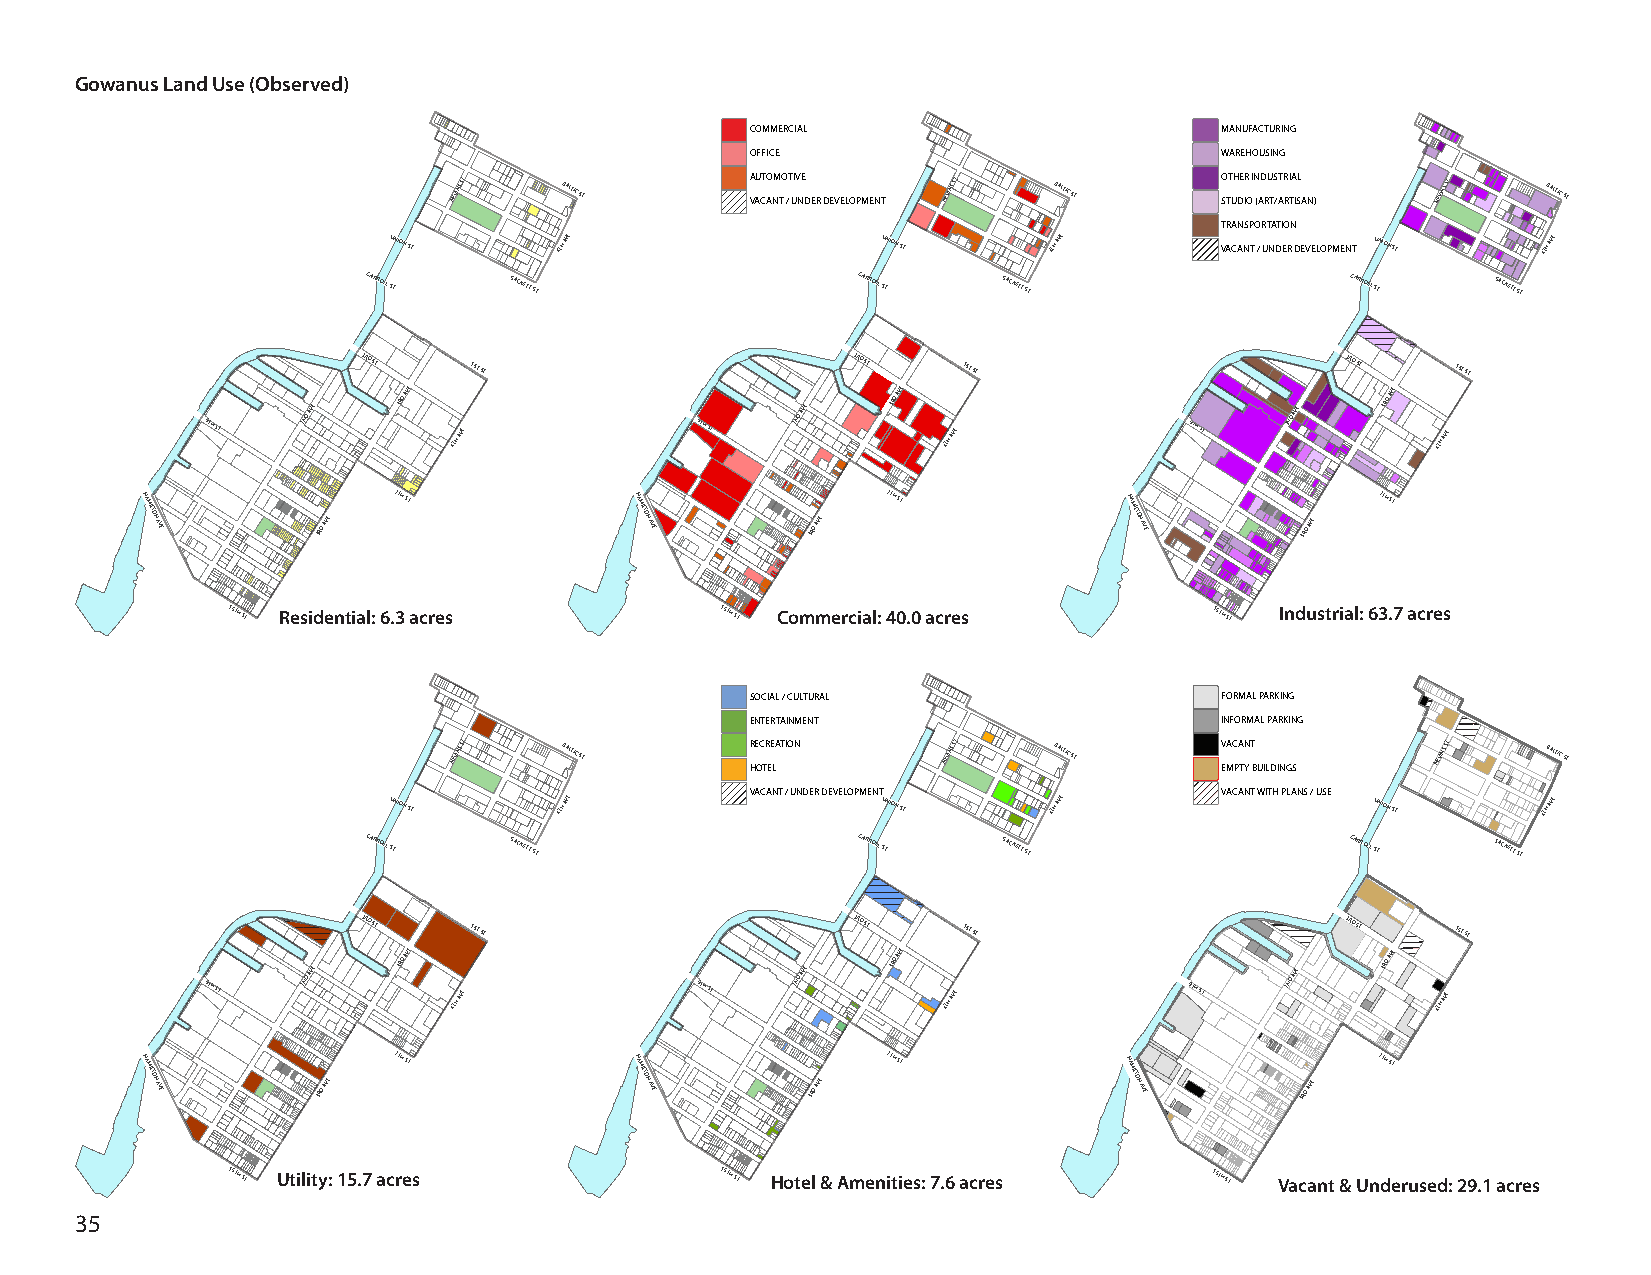
Gowanus Land Use (Observed)
 COMMERCIAL                     MANUFACTURING
 OFFICE                         WAREHOUSING
 NEVINS ST BALTIC
 ST
 A VAU CT AO NM TO /T UIV NE
 DER DEVELOPMENT
 NEVINS ST BALTIC
 ST
 SO TT UH DE IR
 O
 I N (AD RU TS /ATR RI TA ISL
 AN)
 NEVINS ST BALTIC
 ST
 TRANSPORTATION
 UNION ST   4TH AVE              UNION ST   4TH AVE     VACANT / UNDER DEVELOPMENT UNION ST 4TH AVE
 CARROLL
 ST
 SACKETT
 ST
 CARROLL
 ST
 SACKETT
 ST
 CARROLL
 ST
 SACKETT
 ST
 3RD ST 1ST ST                   3RD ST  1ST ST                   3RD ST 1ST ST
 9TH ST 2ND
 AVE
 3RD
 AVE
 4TH
 AVE             9TH ST 2ND
 AVE
 3RD
 AVE
 4TH
 AVE             9TH ST 2ND
 AVE
 3RD
 AVE
 4TH
 AVE
 HAMILTON
 AVE        3RD AVE
 7TH ST          HAMILTON
 AVE        3RD AVE
 7TH ST          HAMILTON
 AVE        3RD AVE
 7TH ST
 15TH ST Residential: 6.3 acres   15TH ST Commercial: 40.0 acres  15TH ST Industrial: 63.7 acres
 SOCIAL / CULTURAL              FORMAL PARKING
 ENTERTAINMENT                  INFORMAL PARKING
 NEVINS ST BALTIC
 ST
 R HE OC TR EE LATION NEVINS ST BALTIC
 ST
 V EMAC PA TN
 Y
 T
 BUILDINGS
 NEVINS ST BALTIC
 ST
 UNION ST   4TH AVE      VACANT / UNDER DEVELOPMENT UNION ST 4TH AVE VACANT WITH PLANS / USE UNION ST 4TH AVE
 CARROLL
 ST
 SACKETT
 ST
 CARROLL
 ST
 SACKETT
 ST
 CARROLL
 ST
 SACKETT
 ST
 3RD ST 1ST ST                   3RD ST  1ST ST                   3RD ST 1ST ST
 9TH ST 2ND
 AVE
 3RD
 AVE
 4TH
 AVE             9TH ST 2ND
 AVE
 3RD
 AVE
 4TH
 AVE             9TH ST 2ND
 AVE
 3RD
 AVE
 4TH
 AVE
 HAMILTON
 AVE        3RD AVE
 7TH ST          HAMILTON
 AVE        3RD AVE
 7TH ST         HAMILTON
 AVE        3RD AVE
 7TH ST
 15TH ST Utility: 15.7 acres      15TH ST Hotel & Amenities: 7.6 acres 15TH ST Vacant & Underused: 29.1 acres
 35